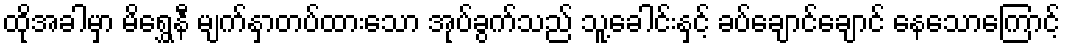
ထိုအခါမှာ မိရွှေနီ မျက်နှာတပ်ထားသော အုပ်ခွက်သည် သူ့ခေါင်းနှင့် ခပ်ချောင်ချောင် နေသောကြောင့်